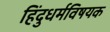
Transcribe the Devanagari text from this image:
हिंदुधर्मविषयक